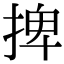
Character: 捭